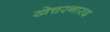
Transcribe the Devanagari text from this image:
खेचरनारद